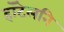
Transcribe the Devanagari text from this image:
हॉटेलनि